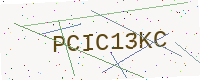
Text: PCIC13KC